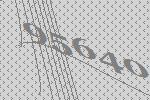
95640